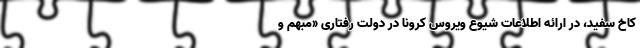
کاخ سفید، در ارائه اطلاعات شیوع ویروس کرونا در دولت رفتاری «مبهم و